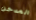
المدخن